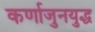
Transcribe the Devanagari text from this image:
कर्णाजुनयुद्ध